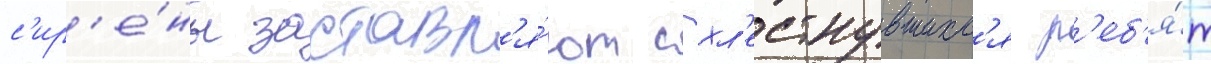
с'ир'е́ны заставл'я́ют схл'естнувшихс'я р'еб'я́т